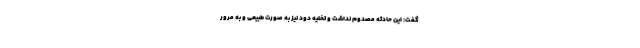
گفت: این حادثه مصدوم نداشت و تخلیه دود نیز به صورت طبیعی و به مرور